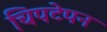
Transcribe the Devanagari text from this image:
चिपटेपन